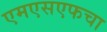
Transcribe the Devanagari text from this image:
एमएसएफचा